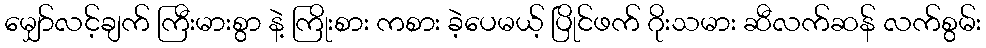
မျှော်လင့်ချက် ကြီးမားစွာ နဲ့ ကြိုးစား ကစား ခဲ့ပေမယ့် ပြိုင်ဖက် ဂိုးသမား ဆီလက်ဆန် လက်စွမ်း